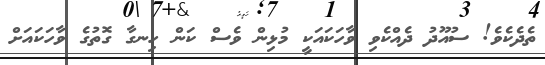
ތެދެކެވެ! ސުއޫދު ދެއްކެވި ވާހަކައަކީ މުޅިން ވެސް ކަން ހިނގާ ގޮތުގެ ވާހަކައަށް